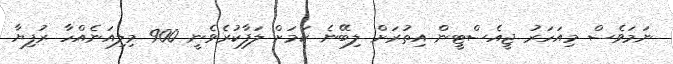
ނަމަވެސް މިއަހަރު ޖީއެސްޓީން އިތުރަށް ލިބޭނެ ކަމަށް ލަފާކުރެވެނީ 900 މިލިއަނެއްހާ ރުފިޔާ